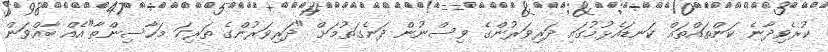
ކުރެވިދާނެ ކަންތައްތައް ކަނޑައެޅުމުގައި ދަރިވަރުންގެ ވިސްނުން ދަނެގަތުމަށް "ދަރިވަރުންގެ ތަރިކަ މަހާސިންތާ"އެއް ބާއްވަން